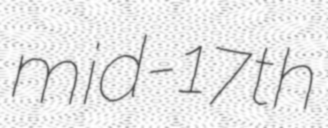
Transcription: mid-17th